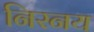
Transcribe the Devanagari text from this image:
निरनय